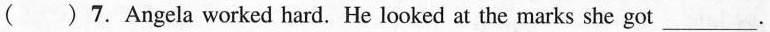
( )7.Angela worked hard. He looked at the marks she got ___.